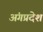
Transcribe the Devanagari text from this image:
अंगप्रदेश